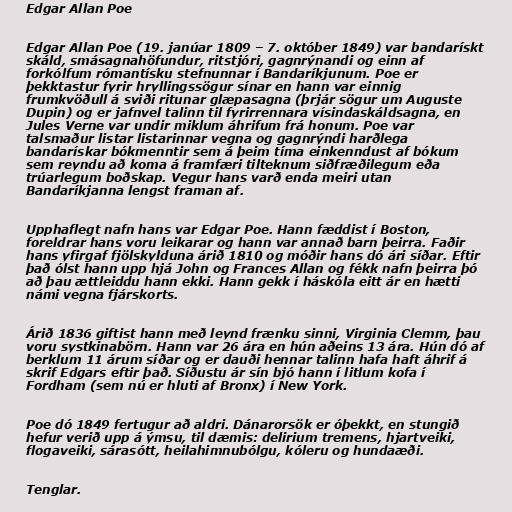
Edgar Allan Poe

Edgar Allan Poe (19. janúar 1809 – 7. október 1849) var bandarískt
skáld, smásagnahöfundur, ritstjóri, gagnrýnandi og einn af
forkólfum rómantísku stefnunnar í Bandaríkjunum. Poe er
þekktastur fyrir hryllingssögur sínar en hann var einnig
frumkvöðull á sviði ritunar glæpasagna (þrjár sögur um Auguste
Dupin) og er jafnvel talinn til fyrirrennara vísindaskáldsagna, en
Jules Verne var undir miklum áhrifum frá honum. Poe var
talsmaður listar listarinnar vegna og gagnrýndi harðlega
bandarískar bókmenntir sem á þeim tíma einkenndust af bókum
sem reyndu að koma á framfæri tilteknum siðfræðilegum eða
trúarlegum boðskap. Vegur hans varð enda meiri utan
Bandaríkjanna lengst framan af.

Upphaflegt nafn hans var Edgar Poe. Hann fæddist í Boston,
foreldrar hans voru leikarar og hann var annað barn þeirra. Faðir
hans yfirgaf fjölskylduna árið 1810 og móðir hans dó ári síðar. Eftir
það ólst hann upp hjá John og Frances Allan og fékk nafn þeirra þó
að þau ættleiddu hann ekki. Hann gekk í háskóla eitt ár en hætti
námi vegna fjárskorts.

Árið 1836 giftist hann með leynd frænku sinni, Virginia Clemm, þau
voru systkinabörn. Hann var 26 ára en hún aðeins 13 ára. Hún dó af
berklum 11 árum síðar og er dauði hennar talinn hafa haft áhrif á
skrif Edgars eftir það. Síðustu ár sín bjó hann í litlum kofa í
Fordham (sem nú er hluti af Bronx) í New York.

Poe dó 1849 fertugur að aldri. Dánarorsök er óþekkt, en stungið
hefur verið upp á ýmsu, til dæmis: delirium tremens, hjartveiki,
flogaveiki, sárasótt, heilahimnubólgu, kóleru og hundaæði.

Tenglar.